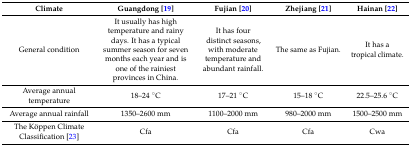
<table><thead><tr><td><b>Climate</b></td><td><b>Guangdong [19]</b></td><td><b>Fujian [20]</b></td><td><b>Zhejiang [21]</b></td><td><b>Hainan [22]</b></td></tr></thead><tbody><tr><td>General condition</td><td>It usually has high temperature and rainy days. It has a typical summer season for seven months each year and is one of the rainiest provinces in China.</td><td>It has four distinct seasons, with moderate temperature and abundant rainfall.</td><td>The same as Fujian.</td><td>It has a tropical climate.</td></tr><tr><td>Average annual temperature</td><td>18–24 °C</td><td>17–21 °C</td><td>15–18 °C</td><td>22.5–25.6 °C</td></tr><tr><td>Average annual rainfall</td><td>1350–2600 mm</td><td>1100–2000 mm</td><td>980–2000 mm</td><td>1500–2500 mm</td></tr><tr><td>The Köppen Climate Classification [23]</td><td>Cfa</td><td>Cfa</td><td>Cfa</td><td>Cwa</td></tr></tbody></table>